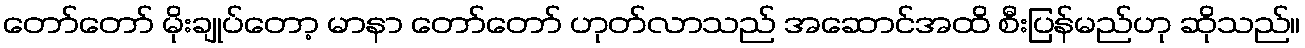
တော်တော် မိုးချုပ်တော့ မာနာ တော်တော် ဟုတ်လာသည် အဆောင်အထိ စီးပြန်မည်ဟု ဆိုသည်။